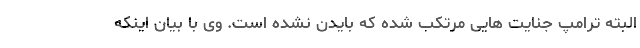
البته ترامپ جنایت هایی مرتکب شده که بایدن نشده است. وی با بیان اینکه